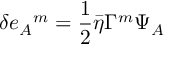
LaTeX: \delta e _ { A } { } ^ { m } = { \frac { 1 } { 2 } } \bar { \eta } \Gamma ^ { m } \Psi _ { A }